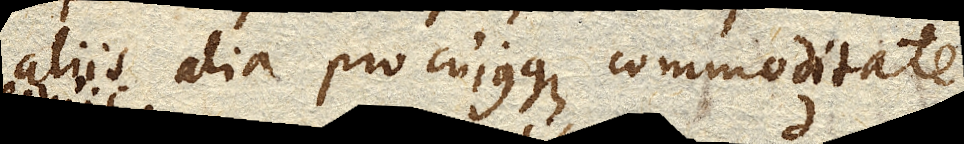
aliis alia pro cujusque commoditate